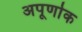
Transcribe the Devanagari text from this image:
अपूर्णाक